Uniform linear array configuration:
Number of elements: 64
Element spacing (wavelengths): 0.5
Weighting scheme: kaiser
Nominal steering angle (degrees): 15
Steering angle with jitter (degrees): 14.551
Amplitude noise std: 0.05
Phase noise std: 0.05

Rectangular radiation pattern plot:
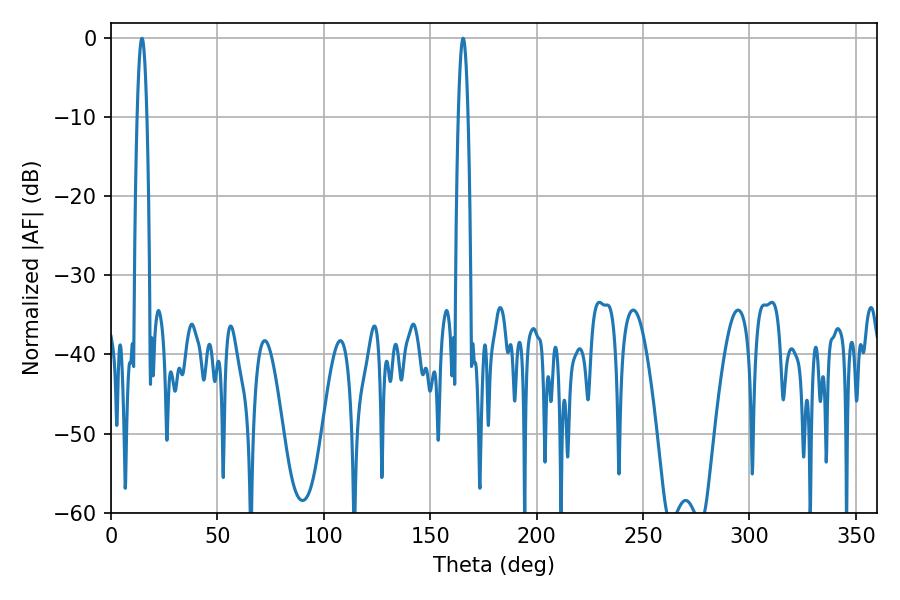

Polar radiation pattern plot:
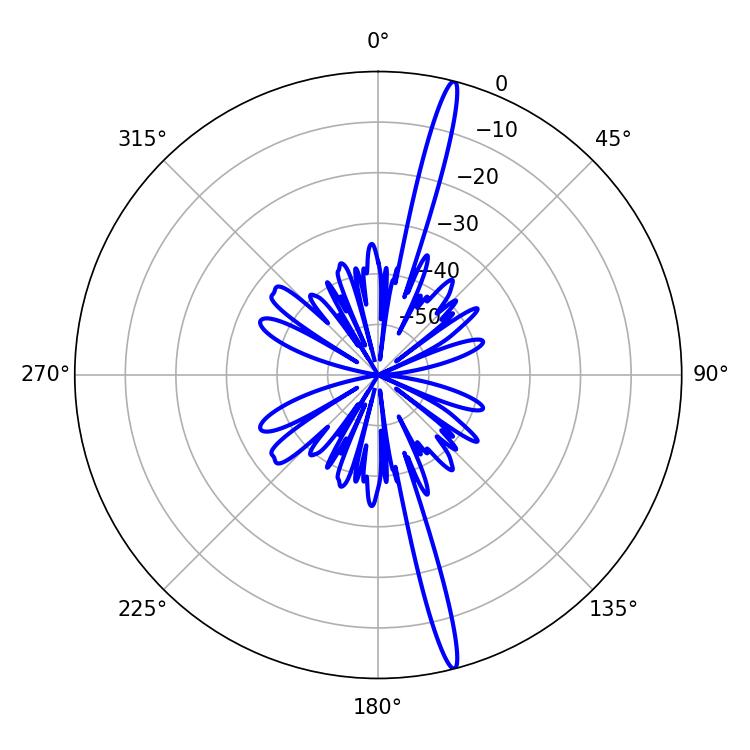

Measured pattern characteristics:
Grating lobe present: FALSE
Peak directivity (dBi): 19.204
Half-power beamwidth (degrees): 2.52
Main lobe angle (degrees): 165.42